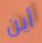
أين